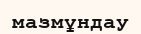
мазмұндау